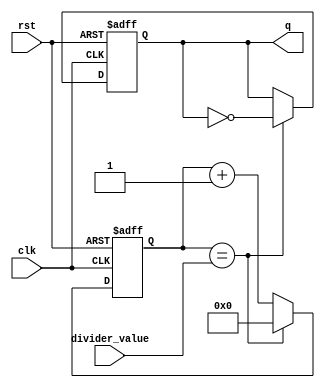
module JohnsonCounterClockDivider (
    input wire clk,
    input wire rst,
    input wire [7:0] divider_value,
    output wire q
);

reg [7:0] count;
reg q_reg;

always @(posedge clk or posedge rst) begin
    if (rst) begin
        count <= 8'b0;
        q_reg <= 1'b0;
    end else begin
        count <= count + 1;
        if (count == divider_value) begin
            q_reg <= ~q_reg;
            count <= 8'b0;
        end
    end
end

assign q = q_reg;

endmodule